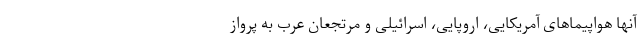
آنها هواپیماهای آمریکایی، اروپایی، اسرائیلی و مرتجعان عرب به پرواز